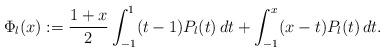
LaTeX: \begin{align*} \Phi_l(x):=\frac{1+x} 2\int_{-1}^1 (t-1)P_l(t)\,dt+\int_{-1}^x (x-t)P_l(t)\,dt.\end{align*}